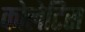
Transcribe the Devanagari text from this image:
कोलेटिस